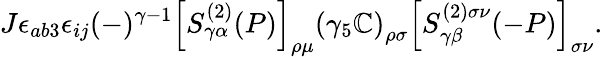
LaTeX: J\epsilon_{ab3}\epsilon_{ij}(-)^{\gamma-1}\left[S_{\gamma\alpha}^{(2)}(P)\right]_{\rho\mu}\left(\gamma_{5}\mathbb{C}\right)_{\rho\sigma}\left[S_{\gamma\beta}^{(2)\sigma\nu}(-P)\right]_{\sigma\nu}.